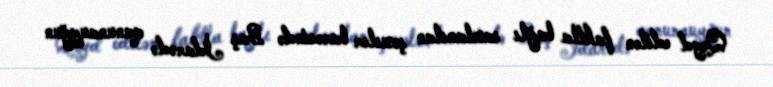
Qeyd edilən faktla bağlı saxlanılan şəxslər barəsində Baş İdarədə qanunauyğun